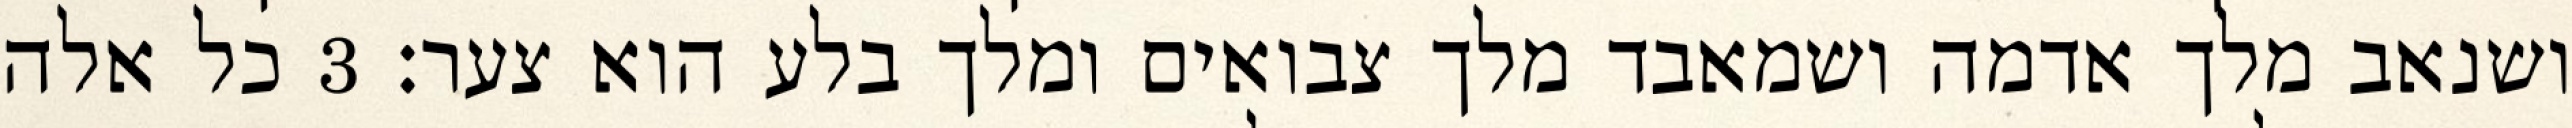
ושנאב מלך אדמה ושמאבד מלך צבואים ומלך בלע הוא צער׃ ‎3‏ כל אלה